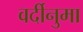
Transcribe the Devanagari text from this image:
वर्दीनुमा